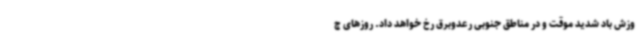
وزش باد شدید موقت و در مناطق جنوبی رعدوبرق رخ خواهد داد. روزهای چ